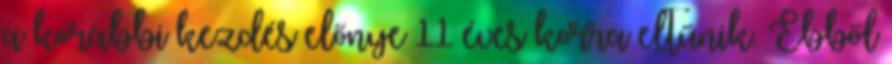
a korábbi kezdés előnye 11 éves korra eltűnik. Ebből